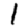
Digit: 1